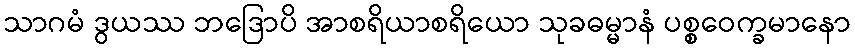
သာဂမံ ဒွယဿ ဘဒြောပိ အာစရိယာစရိယော သုခဓမ္မာနံ ပစ္စဝေက္ခမာနော